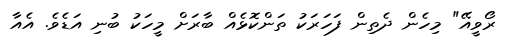
ރޯވީއޭ" މިހެން ދެތިން ފަހަރަކު ތަންކޮޅެއް ބާރަށް މީހަކު ބުނި އަޑެވެ. އެއާ